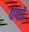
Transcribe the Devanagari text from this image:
पद्मों